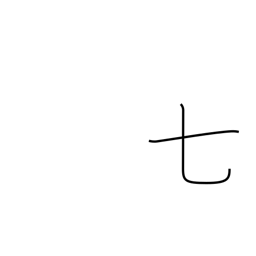
Meaning: seven